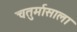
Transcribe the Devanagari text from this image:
चतुर्मासाला